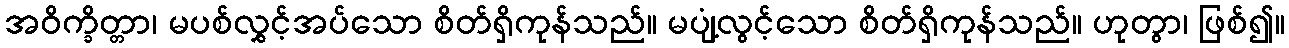
အဝိက္ခိတ္တာ၊ မပစ်လွှင့်အပ်သော စိတ်ရှိကုန်သည်။ မပျံ့လွင့်သော စိတ်ရှိကုန်သည်။ ဟုတွာ၊ ဖြစ်၍။